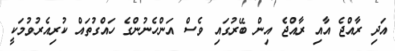
އަދި ރާއްޖެ އާއި ރާއްޖެ އިން ބޭރުގައި ވެސް އަންހެނުންގެ ހައްގުތައް ކުރިއެރުވުމަކީ